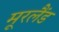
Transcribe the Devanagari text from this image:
मूरलैंड